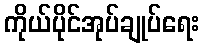
ကိုယ်ပိုင်အုပ်ချုပ်ရေး